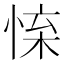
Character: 𢛐